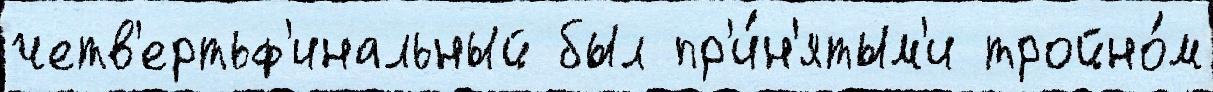
четв'ертьф'инальный был пр'и́н'ятым'и тройно́м